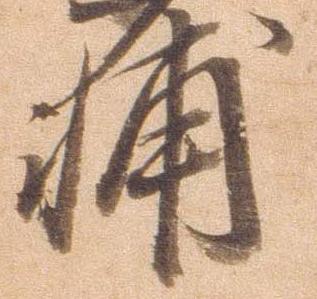
輔